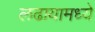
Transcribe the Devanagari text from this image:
लढायामध्ये